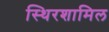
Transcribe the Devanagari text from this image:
स्थिरशामिल